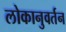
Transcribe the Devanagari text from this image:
लोकानुवर्तन